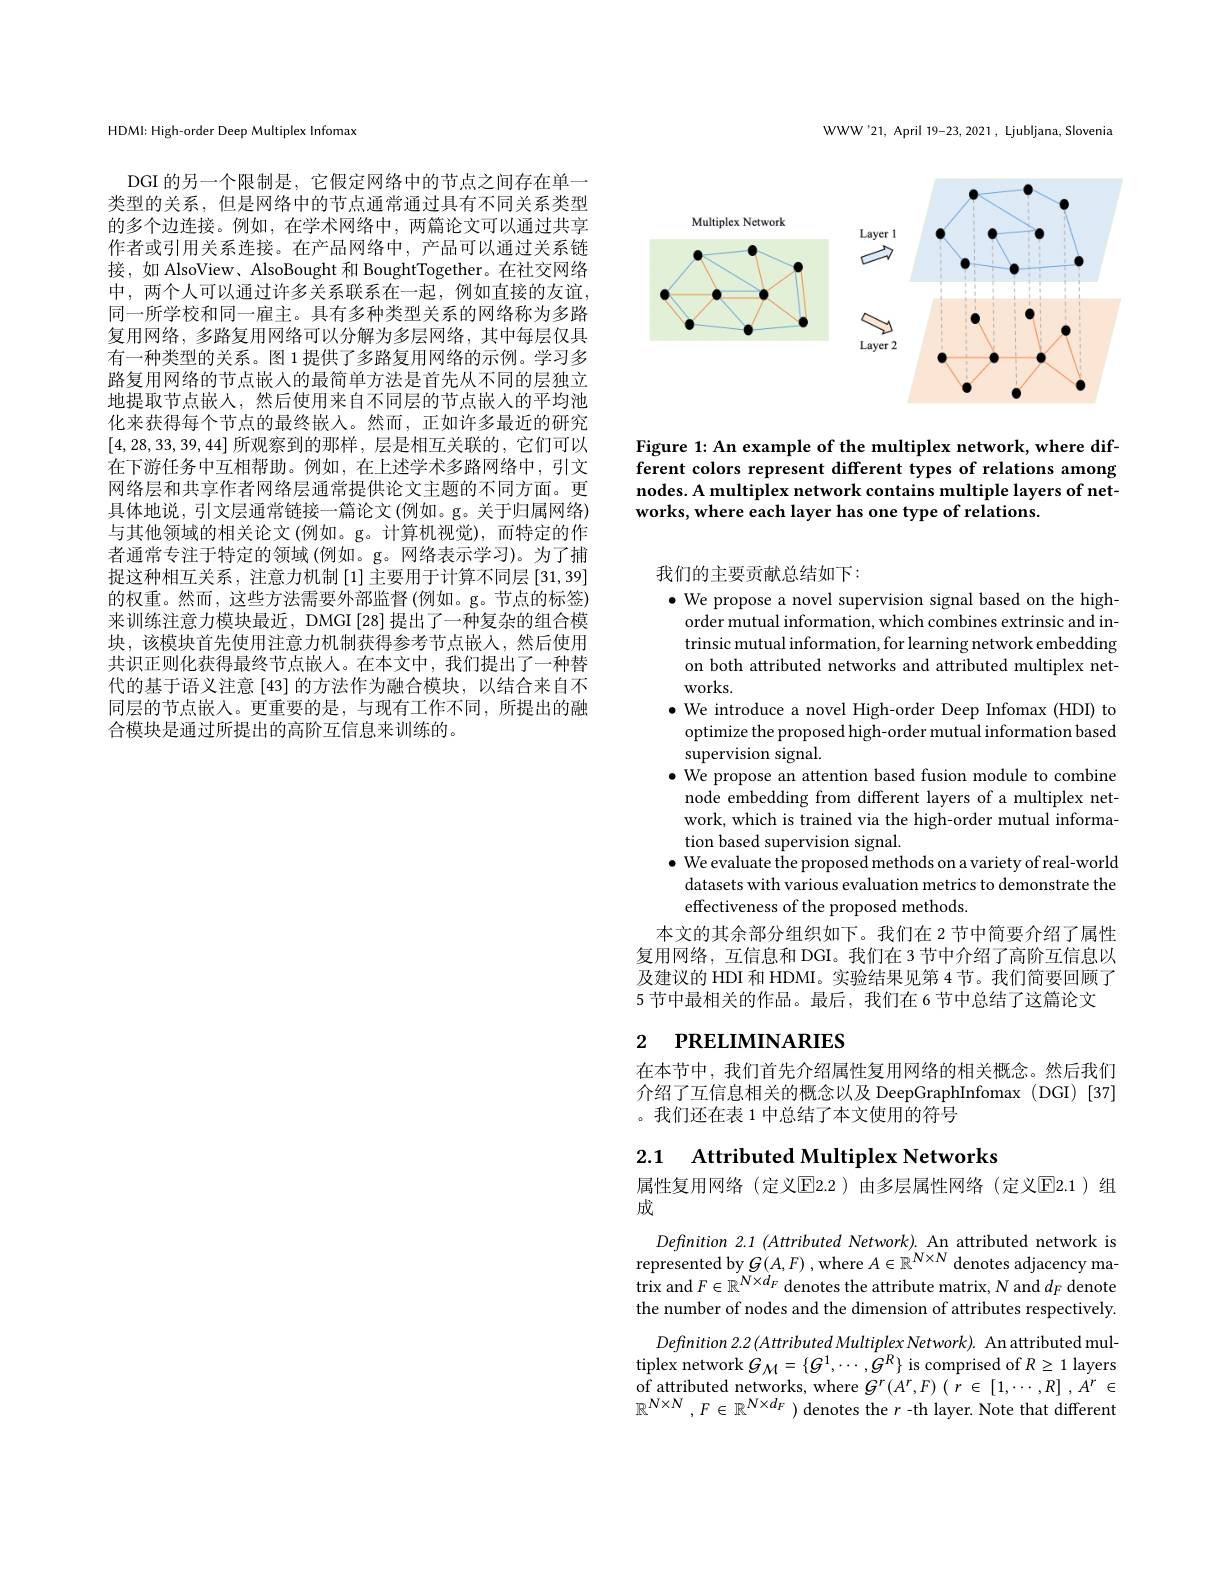
HDMI: High-order Deep Multiplex Infomax

DGI 的另一个限制是，它假定网络中的节点之间存在单一类型的关系，但是网络中的节点通常通过具有不同关系类型的多个边连接。例如，在学术网络中，两篇论文可以通过共享作者或引用关系连接。在产品网络中，产品可以通过关系链接，如 AlsoView、 AlsoBought 和 BoughtTogether。在社交网络中，两个人可以通过许多关系联系在一起，例如直接的友谊， 同一所学校和同一雇主。具有多种类型关系的网络称为多路复用网络，多路复用网络可以分解为多层网络，其中每层仅具有一种类型的关系。图 1 提供了多路复用网络的示例。学习多路复用网络的节点嵌人的最简单方法是首先从不同的层独立地提取节点嵌人，然后使用来自不同层的节点嵌入的平均池化来获得每个节点的最终嵌入。然而，正如许多最近的研究[4,28,33,39,44]所观察到的那样，层是相互关联的，它们可以在下游任务中互相帮助。例如，在上述学术多路网络中，引文网络层和共享作者网络层通常提供论文主题的不同方面。更具体地说，引文层通常链接一篇论文(例如。g。关于归属网络) 与其他领域的相关论文(例如。g。计算机视觉),而特定的作者通常专注于特定的领域 (例如。g。网络表示学习)。为了捕捉这种相互关系，注意力机制[1]主要用于计算不同层[31,39] 的权重。然而，这些方法需要外部监督 (例如。g。节点的标签) 来训练注意力模块最近，DMGI [28]提出了一种复杂的组合模块，该模块首先使用注意力机制获得参考节点嵌入，然后使用共识正则化获得最终节点嵌人。在本文中，我们提出了一种替代的基于语义注意[43]的方法作为融合模块，以结合来自不同层的节点嵌入。更重要的是 ,与现有工作不同，所提出的融合模块是通过所提出的高阶互信息来训练的。

WWW'21, April 19-23, 2021, Ljubljana, Slovenia

<FigureHere>

Figure 1: An example of the multiplex network, where different colors represent different types of relations among nodes. A multiplex network contains multiple layers of networks, where each layer has one type of relations.

我们的主要贡献总结如下：
$\bullet$ We propose a novel supervision signal based on the high-

order mutual information, which combines extrinsic and intrinsic mutual information, for learning network embedding on both attributed networks and attributed multiplex networks.
$\bullet$ We introduce a novel High-order Deep Infomax (HDI) to
optimize the proposed high-order mutual information based
supervision signal.
$\bullet$ We propose an attention based fusion module to combine
node embedding from different layers of a multiplex network, which is trained via the high-order mutual information based supervision signal.
$\bullet$ We evaluate the proposed methods on a variety of real-world
datasets with various evaluation metrics to demonstrate the
effectiveness of the proposed methods.
本文的其余部分组织如下。我们在 2 节中简要介绍了属性复用网络，互信息和 DGI。我们在 3节中介绍了高阶互信息以及建议的 HDI 和 HDMI。实验结果见第 4 节。我们简要回顾了5 节中最相关的作品。最后，我们在 6 节中总结了这篇论文

## 2 PRELIMINARIES

在本节中，我们首先介绍属性复用网络的相关概念。然后我们介绍了互信息相关的概念以及 DeepGraphInfomax (DGI) [37] 。我们还在表 1 中总结了本文使用的符号

2.1 Attributed Multiplex Networks

属性复用网络(定义$\overline{\mathrm{E}}$2.2)由多层属性网络(定义$\overline{\mathrm{E}}$2.1)组
成

Definition 2.1 (Attributed Network). An attributed network is represented by $G(A,F)$ , where $A\in\mathbb{R}^N\times N$ denotes adjacency matrix and $F\in \mathbb{R} ^{N\times d_{F}}$ denotes the attribute matrix, $N$ and $d_F$ denote the number of nodes and the dimension of attributes respectively.
Definition 2.2 (Attributed Multiplex Network). An attributed multiplex network $G_{\mathcal{M}}=\{G^{1},\cdots,G^{R}\}$ is comprised of $R\geq1$ layers of attributed networks, where $G^r(A^r,F)\left(r\in[1,\cdots,R]\right.,A^r\in$ $\mathbb{R} ^{N\times N}$ $, F\in \mathbb{R} ^{N\times d_F}$ )denotes the $r$-th layer. Note that different